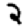
Digit: 2